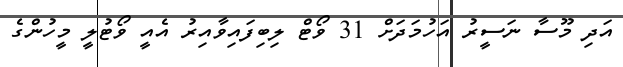
އަދި މޫސާ ނަސީރު އަހުމަދަށް 31 ވޯޓް ލިބިފައިވާއިރު އެއީ ވޯޓުލީ މީހުންގެ